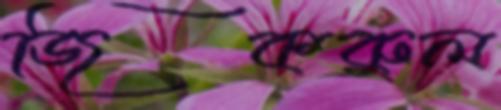
জিকরুল